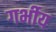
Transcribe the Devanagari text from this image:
गर्भीय